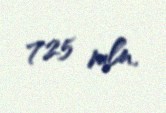
725 mln.